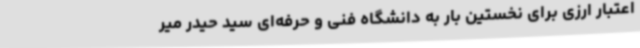
اعتبار ارزی برای نخستین بار به دانشگاه فنی و حرفه‌ای سید حیدر میر